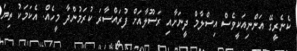
ކެނެރީގޭ އަންނިއަކީވެސް އިސްލާމް ދީނަށާއި ރަސޫލާއަށް ފުރައްސާރަ ކުރަމުންދާ މީހެއް. އެކަމަކު ތިޔަ